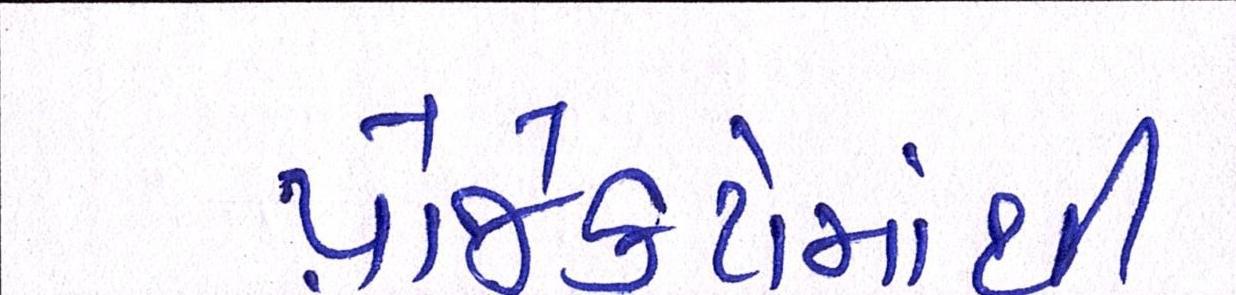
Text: પ્રોજેક્ટોમાંથી